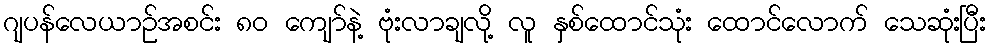
ဂျပန်လေယာဉ်အစင်း ၈၀ ကျော်နဲ့ ဗုံးလာချလို့ လူ နှစ်ထောင်သုံး ထောင်လောက် သေဆုံးပြီး